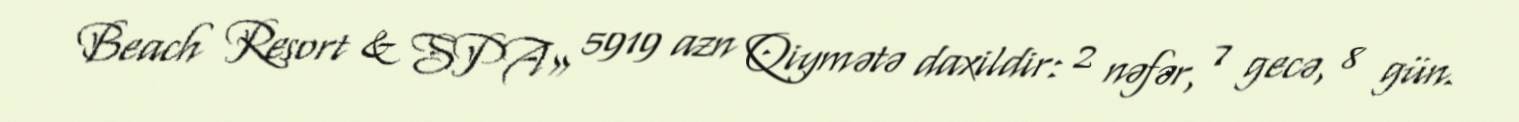
Beach Resort & SPA» 5919 azn Qiymətə daxildir: 2 nəfər, 7 gecə, 8 gün.